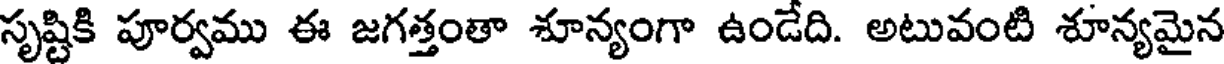
సృష్టికి పూర్వము ఈ జగత్తంతా శూన్యంగా ఉండేది. అటువంటి శూన్యమైన